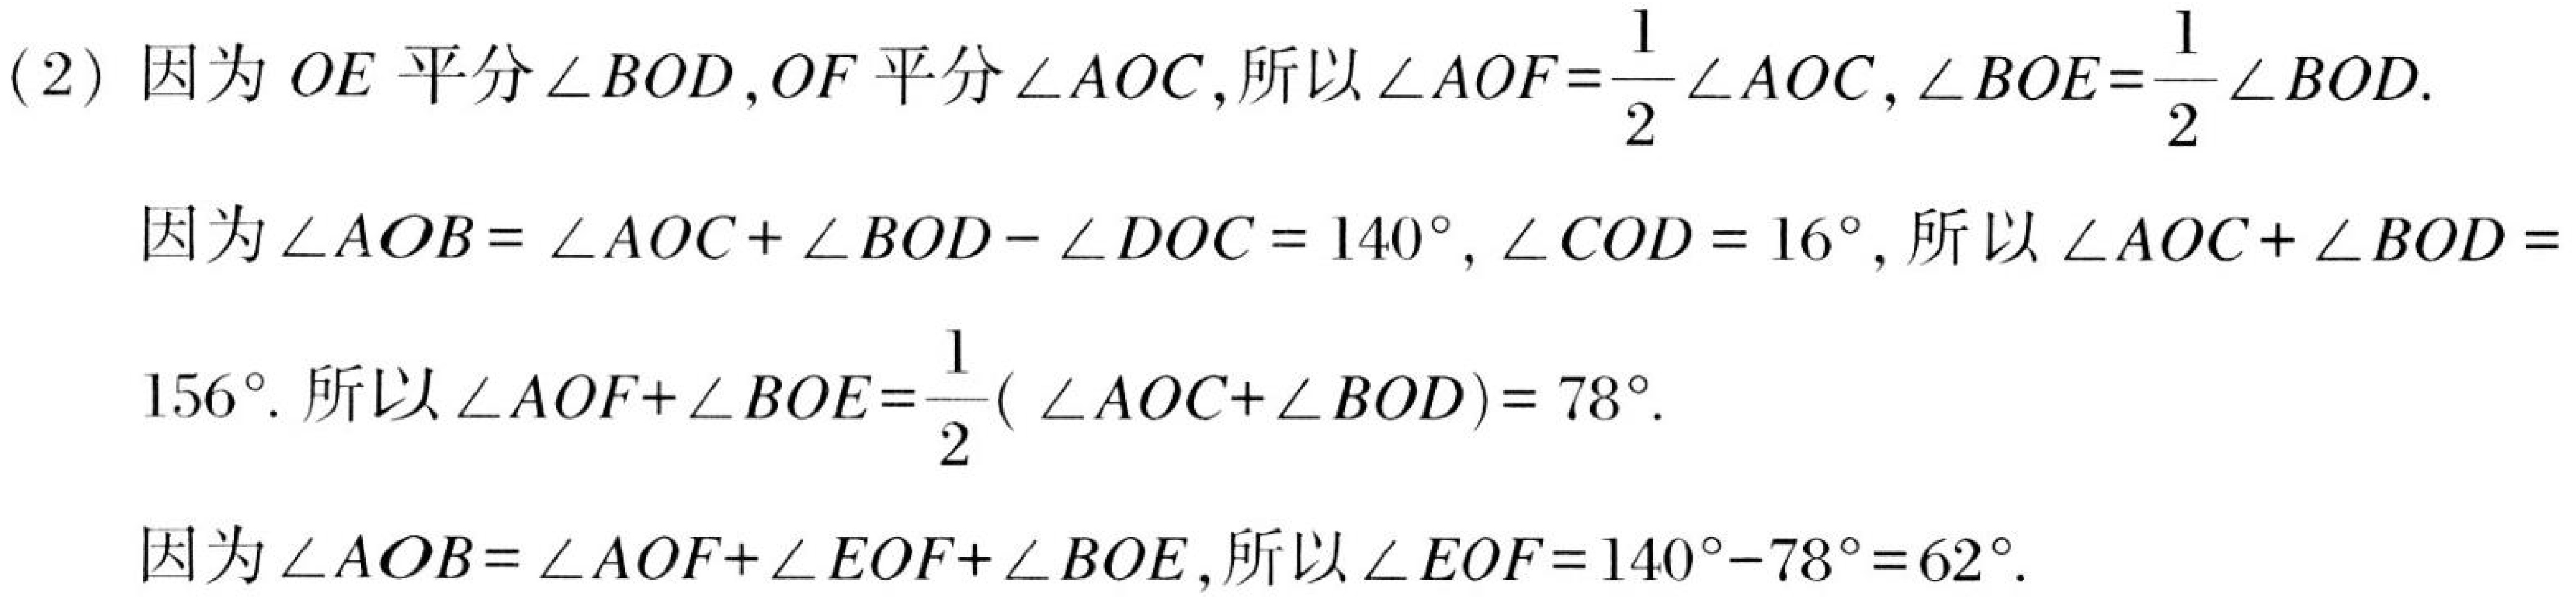
(2) 因为 \(OE\) 平分\(\angle BOD\), \(OF\) 平分\(\angle AOC\),所以\(\angle AOF=\frac{1}{2}\angle AOC\), \(\angle BOE=\frac{1}{2}\angle BOD\).

因为\(\angle AOB = \angle AOC+\angle BOD - \angle DOC = 140^{\circ}\), \(\angle COD = 16^{\circ}\),所以\(\angle AOC+\angle BOD = 156^{\circ}\). 所以\(\angle AOF+\angle BOE=\frac{1}{2}( \angle AOC+\angle BOD)= 78^{\circ}\).

因为\(\angle AOB = \angle AOF+\angle EOF+\angle BOE\),所以\(\angle EOF=140^{\circ}-78^{\circ}=62^{\circ}\).